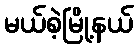
မယ်စဲ့မြို့နယ်